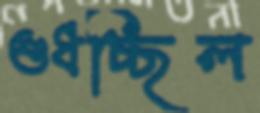
শুধচ্ছিল